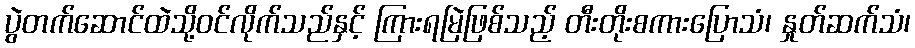
ပွဲတက်ဆောင်ထဲသို့ဝင်လိုက်သည်နှင့် ကြားရမြဲဖြစ်သည့် တီးတိုးစကားပြောသံ၊ နှုတ်ဆက်သံ၊